King Institute of Preventive Medicine Bacteriolog. Section reports 1907-08
Year: 1907
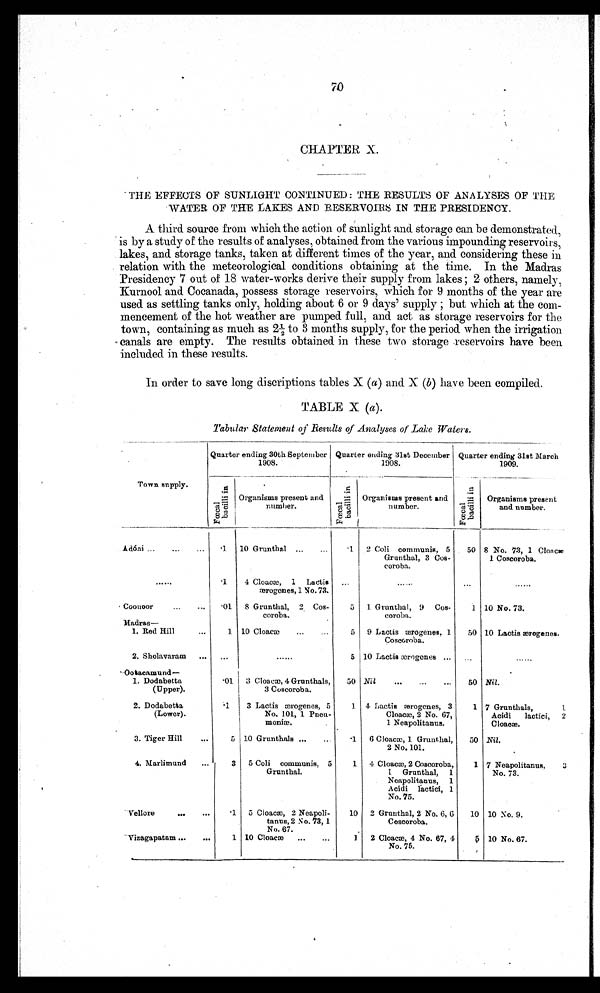
70
CHAPTER X.
THE EFFECTS OF SUNLIGHT CONTINUED: THE RESULTS OF ANALYSES OF THE
WATER OF THE TAKES AND RESERVOIRS IN THE PRESIDENCY.
A third source from which the action of sunlight and storage can be demonstrated,
is by a study of the results of analyses, obtained from the various impounding reservoirs,
lakes, and. storage tanks, taken at different times of the year, and considering these in
relation with the meteorological conditions obtaining at the time. In the Madras
Presidency 7 out of 18 water-works derive their supply from lakes ; 2 others, namely,
Kurnool and Cocanada, possess storage reservoirs, which for 9 months of the year are
u s e d a s s e t t l i n g t a n k s o n l y , h o l d i n g a b o u t 6 o r 9 d a y s ' s u p p l y ; b u t w h i c ha
t
the
com-
mencement of the hot weather are pumped full, and act as storage reservoirs for the
town, containing as much as 2½ to 3 months supply, for the period when the irrigation
canals are empty. The results obtained in these two storage .reservoirs have been
included in these results.
In order to save long discriptions tables X (a) and X (b) have been compiled.
TABLE X (a) .
Tabular Statement of Results of Analyses of Lake Waters.
Town supply.
Quarter ending 30th September
1908.
.
Quarter
ending 31st December
1 9 0 8 .
Quarter ending 31st March
1909.
i n
n
n
i
i
Organisms present and
l i Organisms present and
l i
Organisms present
7sT3
number.
al
number. al
c i
and number.
b a
b
F
F
F
Adóni ... ... ...
10 Grunthal ...
...
.1
2 Coli communis, 5
50 8 No. 73, 1 Cloacae
Grunthal, 3 Cos-
coroba.
1 Coscoroba.
.....
1
4 Cloaca), 1 Lactis
wrogenes, 1 No. 73.
...
......
...
Coonoor
...
•01 8 Grunthal, 2 Cos-
coroba.
5 1 Grunthal, 9 Cos-
coroba.
1 10 No. 73.
Madras
—
1. Red Hill
...
10 Cloaca
...
...
5 9 Lactis
æ r o g e n e s 1
50 10 Lactis ærogenos.
Coscoroba.
2. Sholavaram
...
...
5 10 Lactis æwrugenes
Ootacamund —
1. Dodabetta
(Upper).
.01
3 Cloacm, 4 Grunthals,
3 Coscoroba.
50 Nil
...
...
...
50 Nil.
2. Dodabetta
1 I 3 Lactis ærogenes, 5
J. 4 Lactis æmrogenes, 3
1 7 Grunthals,
1.
(Lower).
No. 101,1 Pneu-
m o n i w .
Cloacae, 2 No. 67,
1 Neapolitanus.
Acidi
lactici, 2
Cloaca.
3. Tiger Hill
...
5 10 Grunthals ...
1 6 Cloacae, 1 Grunthal,
2 No. 101.
50 Nil.
4. Marlimund
...
3 5 Coli communis, 5
Grunthal.
1
. Cloacm, 2 Cosooroba,
I Grunthal, 1
1 7 Neapolitanus,
3
No. 73.
Neapolitanus, 1
Acidi lactici, 1
No. 75.
Vellore
...1 5 Cloacm, 2 Neapoli-
tanus, 2 No. 73, 1
10 2 Grunthal, 2 No. 6, 6
Coscoroba.
10 10 No. 9.
No. 67.
Vizagapatam ...
...
1 10 Cloaca)
...
...
1
2 Cloacae, 4 No. 67, 4
5 10 No. 67.
No. 75.
.